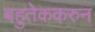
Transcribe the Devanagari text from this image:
बहुतेककरुन